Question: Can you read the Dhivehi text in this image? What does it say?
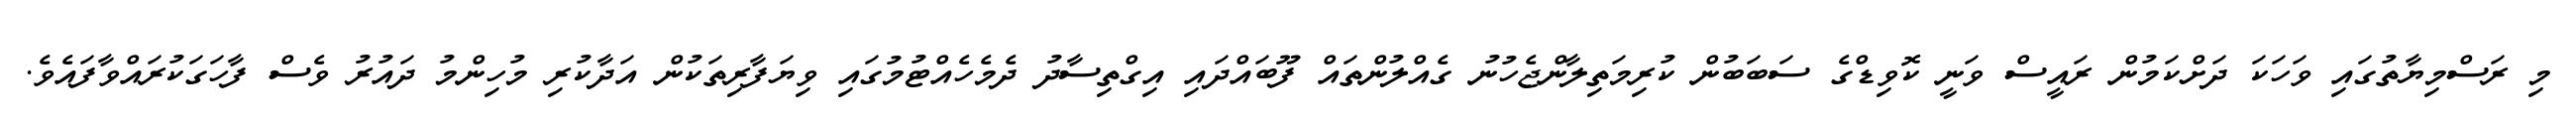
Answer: މި ރަސްމިޔާތުގައި ވަހަކަ ދަށްކަމުން ރައީސް ވަނީ ކޮވިޑްގެ ސަބަބުން ކުރިމަތިލާންޖެހުނު ގެއްލުންތައް ފޫބައްދައި އިގްތިސާދު ދެމެހެއްޓުމުގައި ވިޔަފާރިތަކުން އަދާކުރި މުހިންމު ދައުރު ވެސް ފާހަގަކުރައްވާފައެވެ.